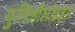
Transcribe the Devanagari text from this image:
युनिओलोइड्स